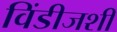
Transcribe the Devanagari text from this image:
विंडीजशी